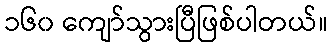
၁၆၀ ကျော်သွားပြီဖြစ်ပါတယ်။